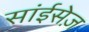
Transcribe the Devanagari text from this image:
सांईसेज़